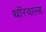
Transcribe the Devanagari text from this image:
थॉरवाल्ड